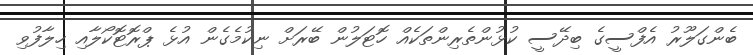
ބެންގަލޫރު އެފްސީގެ ބިދޭސީ ކުޅުންތެރިންތަކެއް ހޮޓަލުން ބޭރަށް ނިކުމެގެން އުޅެ ޕްރޮޓޮކޯލާއި ހިލާފުވި